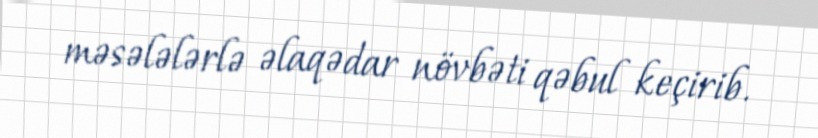
məsələlərlə əlaqədar növbəti qəbul keçirib.